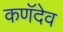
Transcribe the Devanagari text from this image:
कणॅदेव